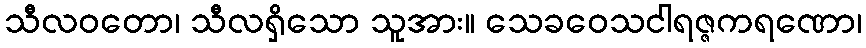
သီလဝတော၊ သီလရှိသော သူအား။ သေခဝေသငါရဇ္ဇကရဏော၊